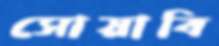
সোয়াবি